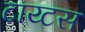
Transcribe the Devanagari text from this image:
टाय्टस